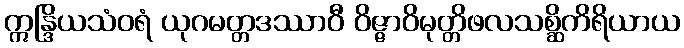
ဣန္ဒြိယသံဝရံ ယုဂမတ္တဒဿာဝီ ဝိဇ္ဇာဝိမုတ္တိဖလသစ္ဆိကိရိယာယ